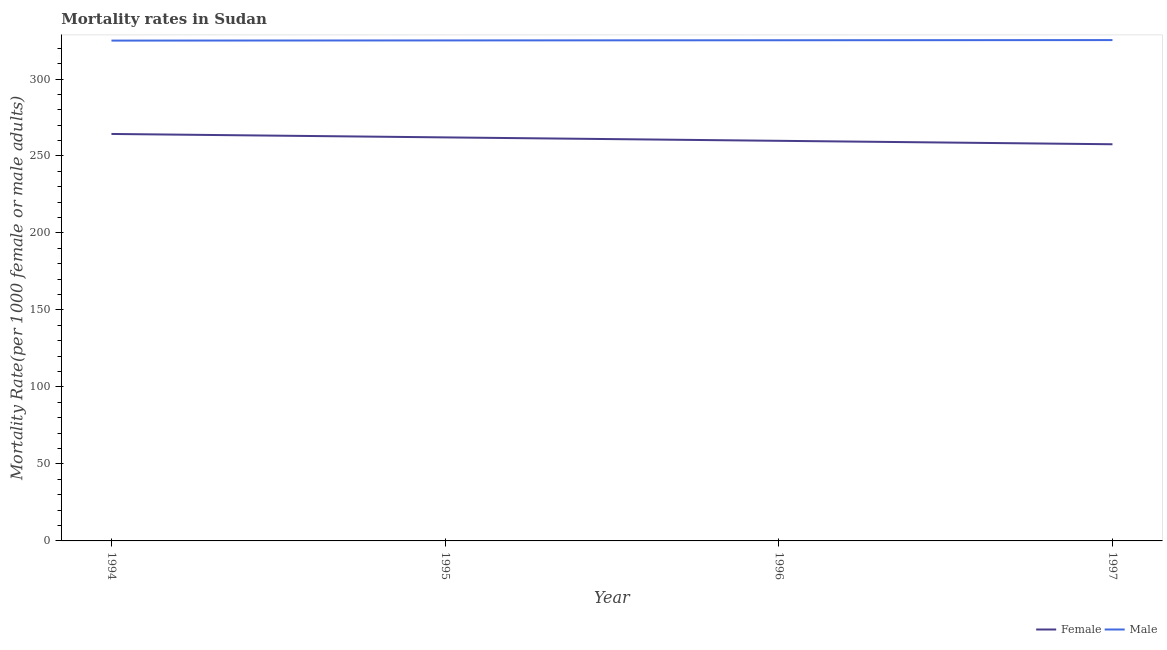
| Year | Female | Male |
 | --- | --- | --- |
 | 1994 | 264 | 325 |
 | 1995 | 262 | 325 |
 | 1996 | 260 | 325 |
 | 1997 | 258 | 325 |